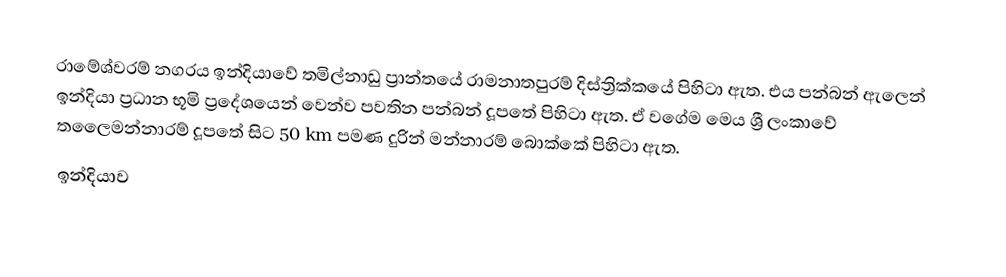
රාමේශ්වරම් නගරය ඉන්දියාවේ තමිල්නාඩු ප්‍රාන්තයේ රාමනාතපුරම් දිස්ත්‍රික්කයේ පිහිටා ඇත. එය පන්බන් ඇලෙන් ඉන්දියා ප්‍රධාන භූමි ප්‍රදේශයෙන් වෙන්ව පවතින පන්බන් දූපතේ පිහිටා ඇත. ඒ වගේම මෙය ශ්‍රී ලංකාවේ තලෛමන්නාරම් දූපතේ සිට 50 km පමණ දුරින් මන්නාරම් බොක්කේ පිහිටා ඇත.
ඉන්දියාව